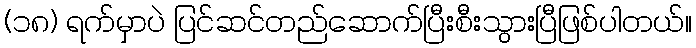
(၁၈) ရက်မှာပဲ ပြင်ဆင်တည်ဆောက်ပြီးစီးသွားပြီဖြစ်ပါတယ်။